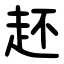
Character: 䞜